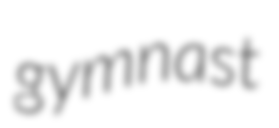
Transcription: gymnast